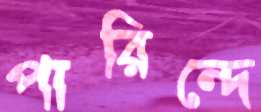
পারিন্দে